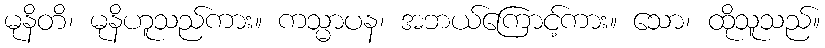
မုနိတိ၊ မုနိဟူသည်ကား။ ကသ္မာပန၊ အဘယ်ကြောင့်ကား။ သော၊ ထိုသူသည်။